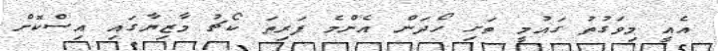
އެއީ މިވަގުތު ގައުމީ ތަށި ހޯދަން އެންމެ ފަރިތަ ކޯޗު މާޒިޔާގައި އިސްކޮށް